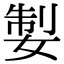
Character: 𡝧